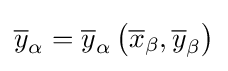
{\overline {y}}_{\alpha }={\overline {y}}_{\alpha }\left({\overline {x}}_{\beta },{\overline {y}}_{\beta }\right)